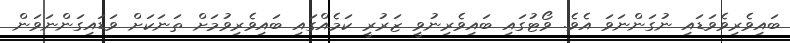
ބައިވެރިވެވަޑައި ނުގަންނަވަ އެވެ. ވޯޓުގައި ބައިވެރިނުވީ ޒަރުރީ ކަމެއްގައި ބައިވެރިވުމަށް ތަނަކަށް ވަޑައިގަންނަވަން